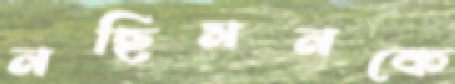
নছিমনকে